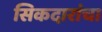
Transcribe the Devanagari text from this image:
सिकदारांचा